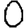
Digit: 0